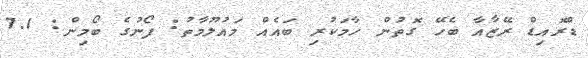
ޑްރޮއިޑް ރޭޒާއާ ބެހޭ ގޮތުން ހާމަކުރި ބައެއް މައުލޫމާތު: ފޯނުގެ ބޯމިން: 7.1